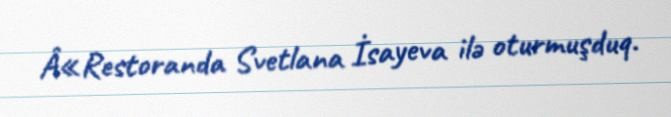
Â«Restoranda Svetlana İsayeva ilə oturmuşduq.